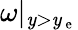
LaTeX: \omega|_{\mathit{y}>\mathit{y}_{\mathrm{{~e~}}}}